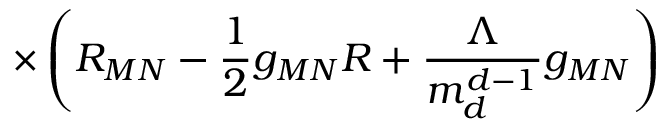
\times \left( R _ { M N } - \frac { 1 } { 2 } g _ { M N } R + \frac { \Lambda } { m _ { d } ^ { d - 1 } } g _ { M N } \right)